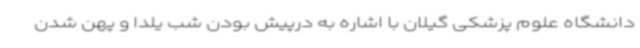
دانشگاه علوم پزشکی گیلان با اشاره به درپیش بودن شب یلدا و پهن شدن